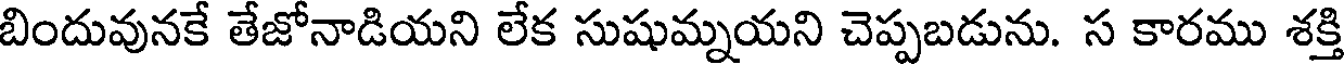
బిందువునకే తేజోనాడియని లేక సుషుమ్నయని చెప్పబడును. స కారము శక్తి